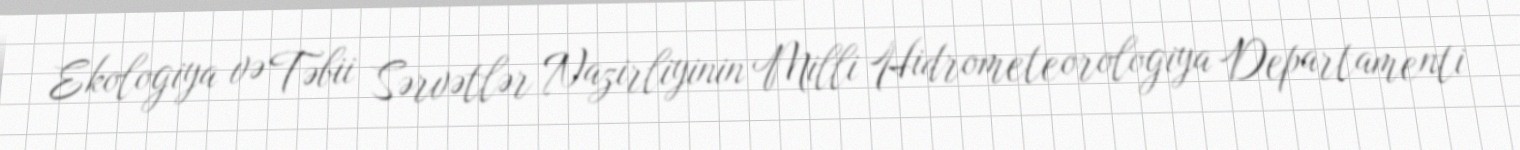
Ekologiya və Təbii Sərvətlər Nazirliyinin Milli Hidrometeorologiya Departamenti